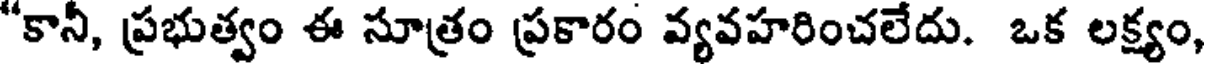
"కానీ, ప్రభుత్వం ఈ సూత్రం ప్రకారం వ్యవహరించలేదు. ఒక లక్ష్యం,